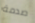
صدمة